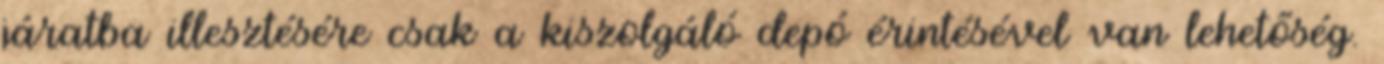
járatba illesztésére csak a kiszolgáló depó érintésével van lehetőség.